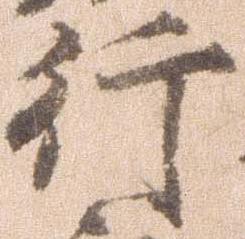
行